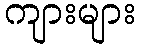
ကျားများ